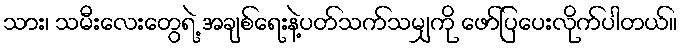
သား၊ သမီးလေးတွေရဲ့ အချစ်ရေးနဲ့ပတ်သက်သမျှကို ဖော်ပြပေးလိုက်ပါတယ်။